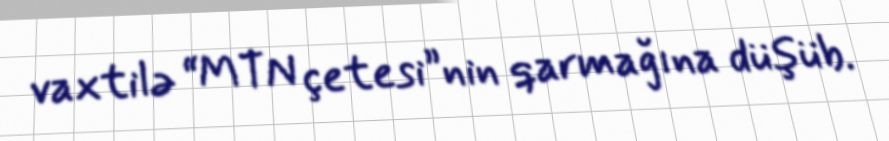
vaxtilə “MTN çetesi”nin qarmağına düşüb.